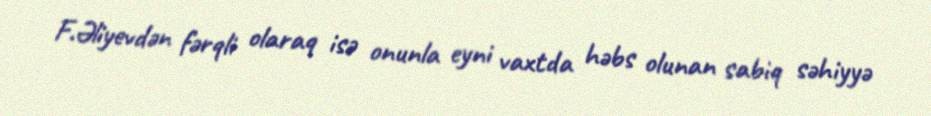
F.Əliyevdən fərqli olaraq isə onunla eyni vaxtda həbs olunan sabiq səhiyyə